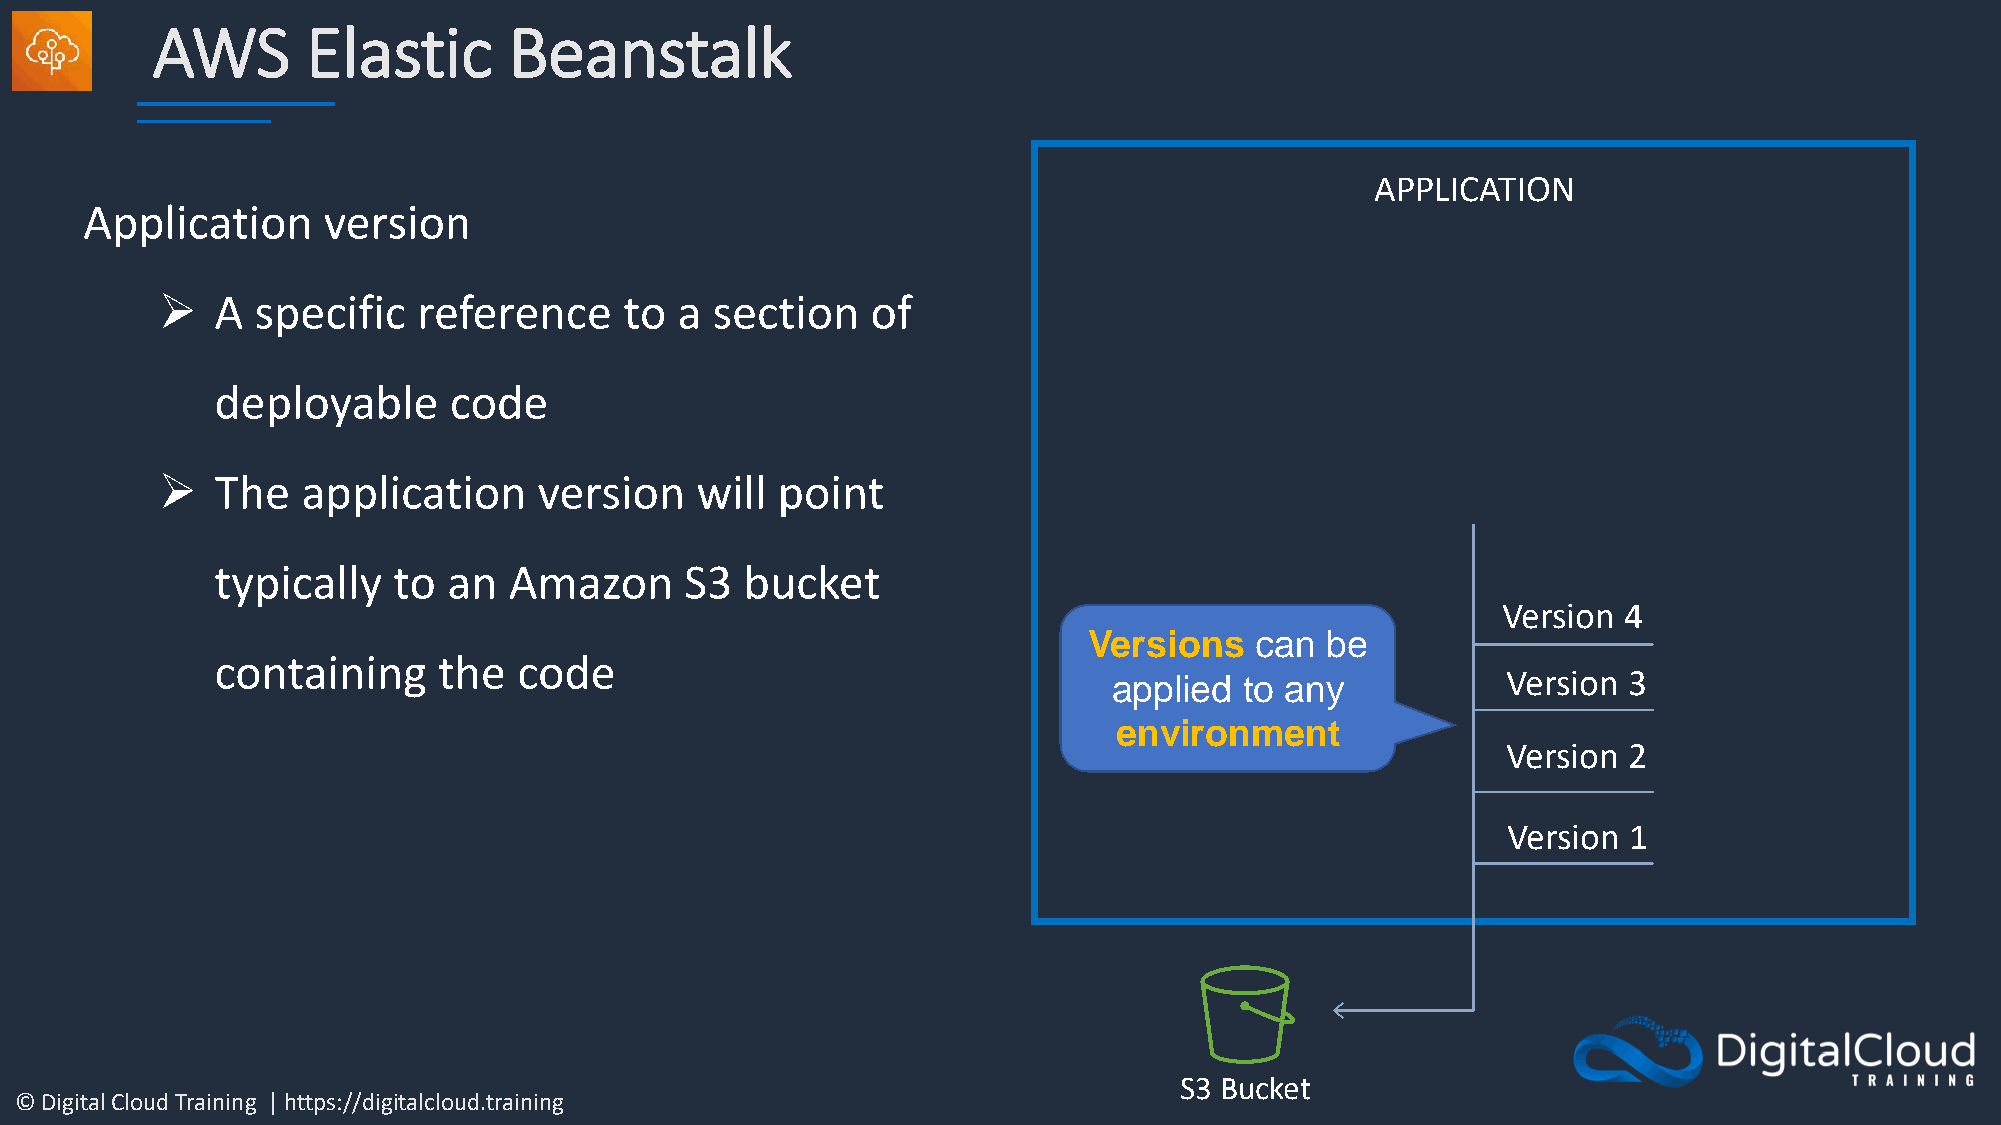
AWS       Elastic       Beanstalk
 APPLICATION
 Application    version
 ➢   A  specific   reference    to  a section    of
 deployable      code
 ➢   The   application     version   will point
 typically   to  an  Amazon     S3  bucket
 Version 4
 Versions   can  be
 containing     the  code
 Version 3
 applied to any
 environment
 Version 2
 Version 1
 S3 Bucket
 © Digital Cloud Training | https://digitalcloud.training